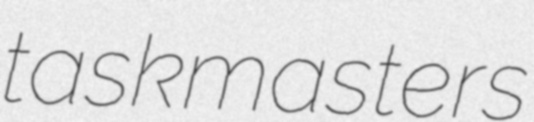
taskmasters